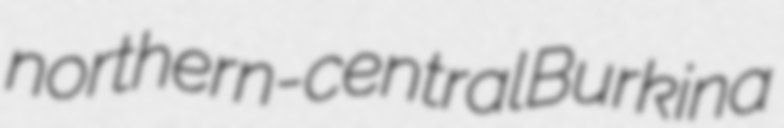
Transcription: northern-central Burkina